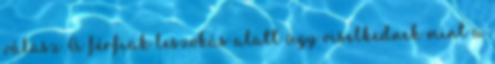
válasz A férfiak leszokás alatt úgy viselkednek mint a